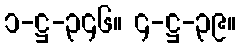
၁-ဋ္ဌ-၃၄၆။ ၄-ဋ္ဌ-၃၉။